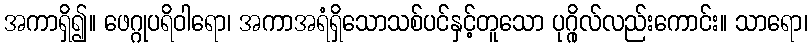
အကာရှိ၍။ ဖေဂ္ဂုပရိဝါရော၊ အကာအရံရှိသောသစ်ပင်နှင့်တူသော ပုဂ္ဂိုလ်လည်းကောင်း။ သာရော၊